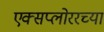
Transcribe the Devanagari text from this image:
एक्सप्लोररच्या